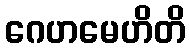
ဂေဟမေဟိတိ